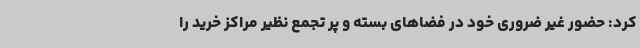
کرد: حضور غیر ضروری خود در فضاهای بسته و پر تجمع نظیر مراکز خرید را